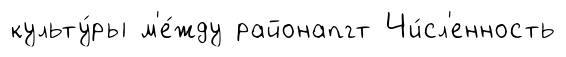
культу́ры м'е́жду районапгт Чи́сл'енность